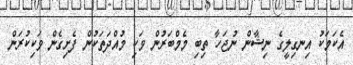
އެކަމަކު އިނގިލީގެ ނިޝާން ނުޖަހާ ތިބި މެމްބަރުން ވަކި މުއްދަތަކުން ފެށިގެން ވަކިކުރަން